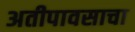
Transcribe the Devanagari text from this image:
अतीपावसाचा